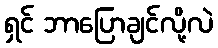
ရှင် ဘာပြောချင်လို့လဲ